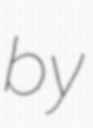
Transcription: by